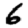
Digit: 6